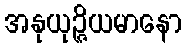
အနုယုဉ္ဇိယမာနော